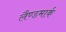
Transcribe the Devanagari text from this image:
लैण्‍डमार्क